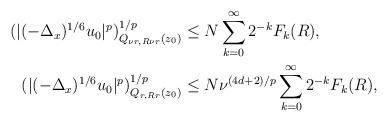
LaTeX: \begin{align*} (|(-\Delta_x)^{1/6} u_0|^p)^{1/p}_{Q_{\nu r, R\nu r} (z_0)}&\le N \sum_{k = 0}^{\infty} 2^{-k} F_k (R) ,\\ (|(-\Delta_x)^{1/6} u_0|^p)^{1/p}_{Q_{ r, Rr } (z_0)} & \le N \nu^{(4d+2)/p} \sum_{k = 0}^{\infty} 2^{-k} F_k (R), \end{align*}